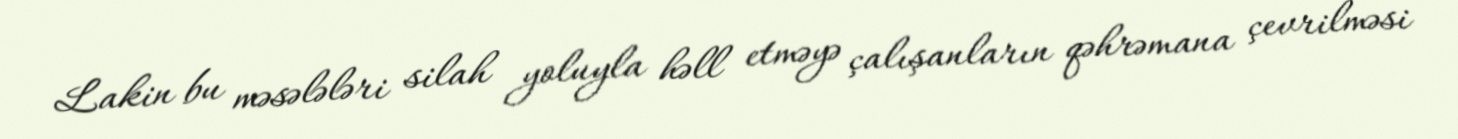
Lakin bu məsələləri silah yoluyla həll etməyə çalışanların qəhrəmana çevrilməsi